Statistical return of the lunatic asylum in Assam - 1912-1932
Year: 1912
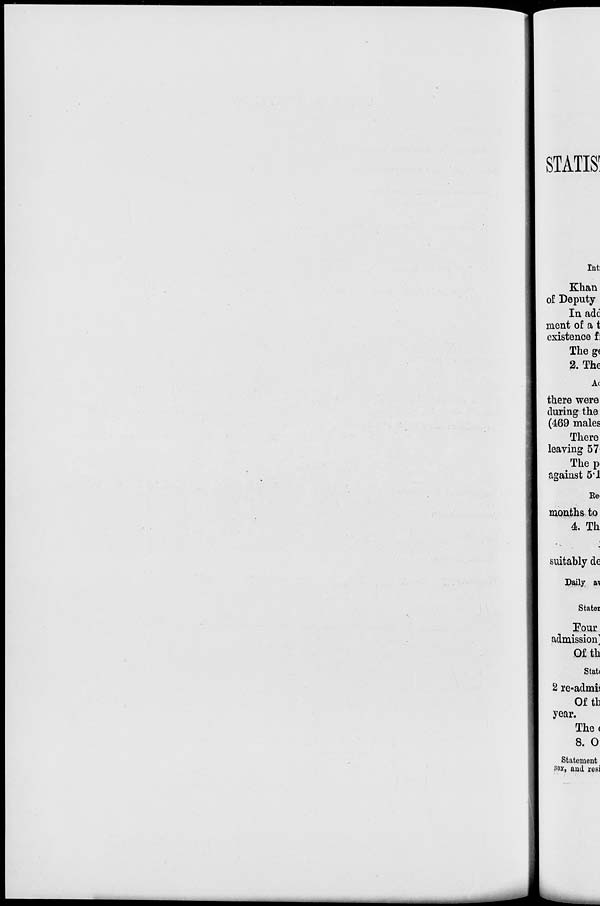
STATIS'
Int:
Khan
of Deputy
In adc
nient of a t
existence £
Theg(
2. The
Ac
there were
during the
(469 males
There
leaving 57
Thep>
against 5*1
Re
months to
4. Th
suitably de
Daily a\
Stater
Pour
admission]
Of th
Stat(
2 re-admis
Of th
year.
The<
8. O
Statement
isey, and resi